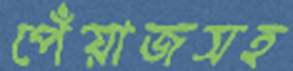
পেঁয়াজসহ